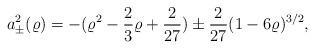
LaTeX: \begin{align*}a_{\pm}^2(\varrho) = -(\varrho^2 - \frac 23 \varrho + \frac{2}{27}) \pm \frac{2}{27}(1 - 6\varrho)^{3/2},\end{align*}